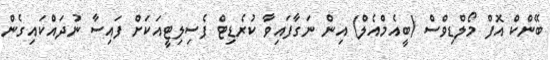
ބޭންކް އޮފް މޯލްޑިވްސް (ބީއެމްއެލް) އިން ނަގާފައިވާ ކުރެޑިޓް ފެސިލިޓީއަކަށް ފައިސާ ނުދައްކައިގެން